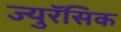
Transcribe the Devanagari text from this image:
ज्युरॅसिक